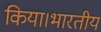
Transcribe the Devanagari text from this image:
किया।भारतीय